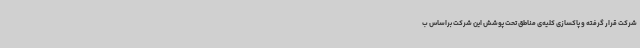
شرکت قرار گرفته و پاکسازی کلیه‌ی مناطق تحت پوشش این شرکت براساس ب